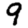
Digit: 9